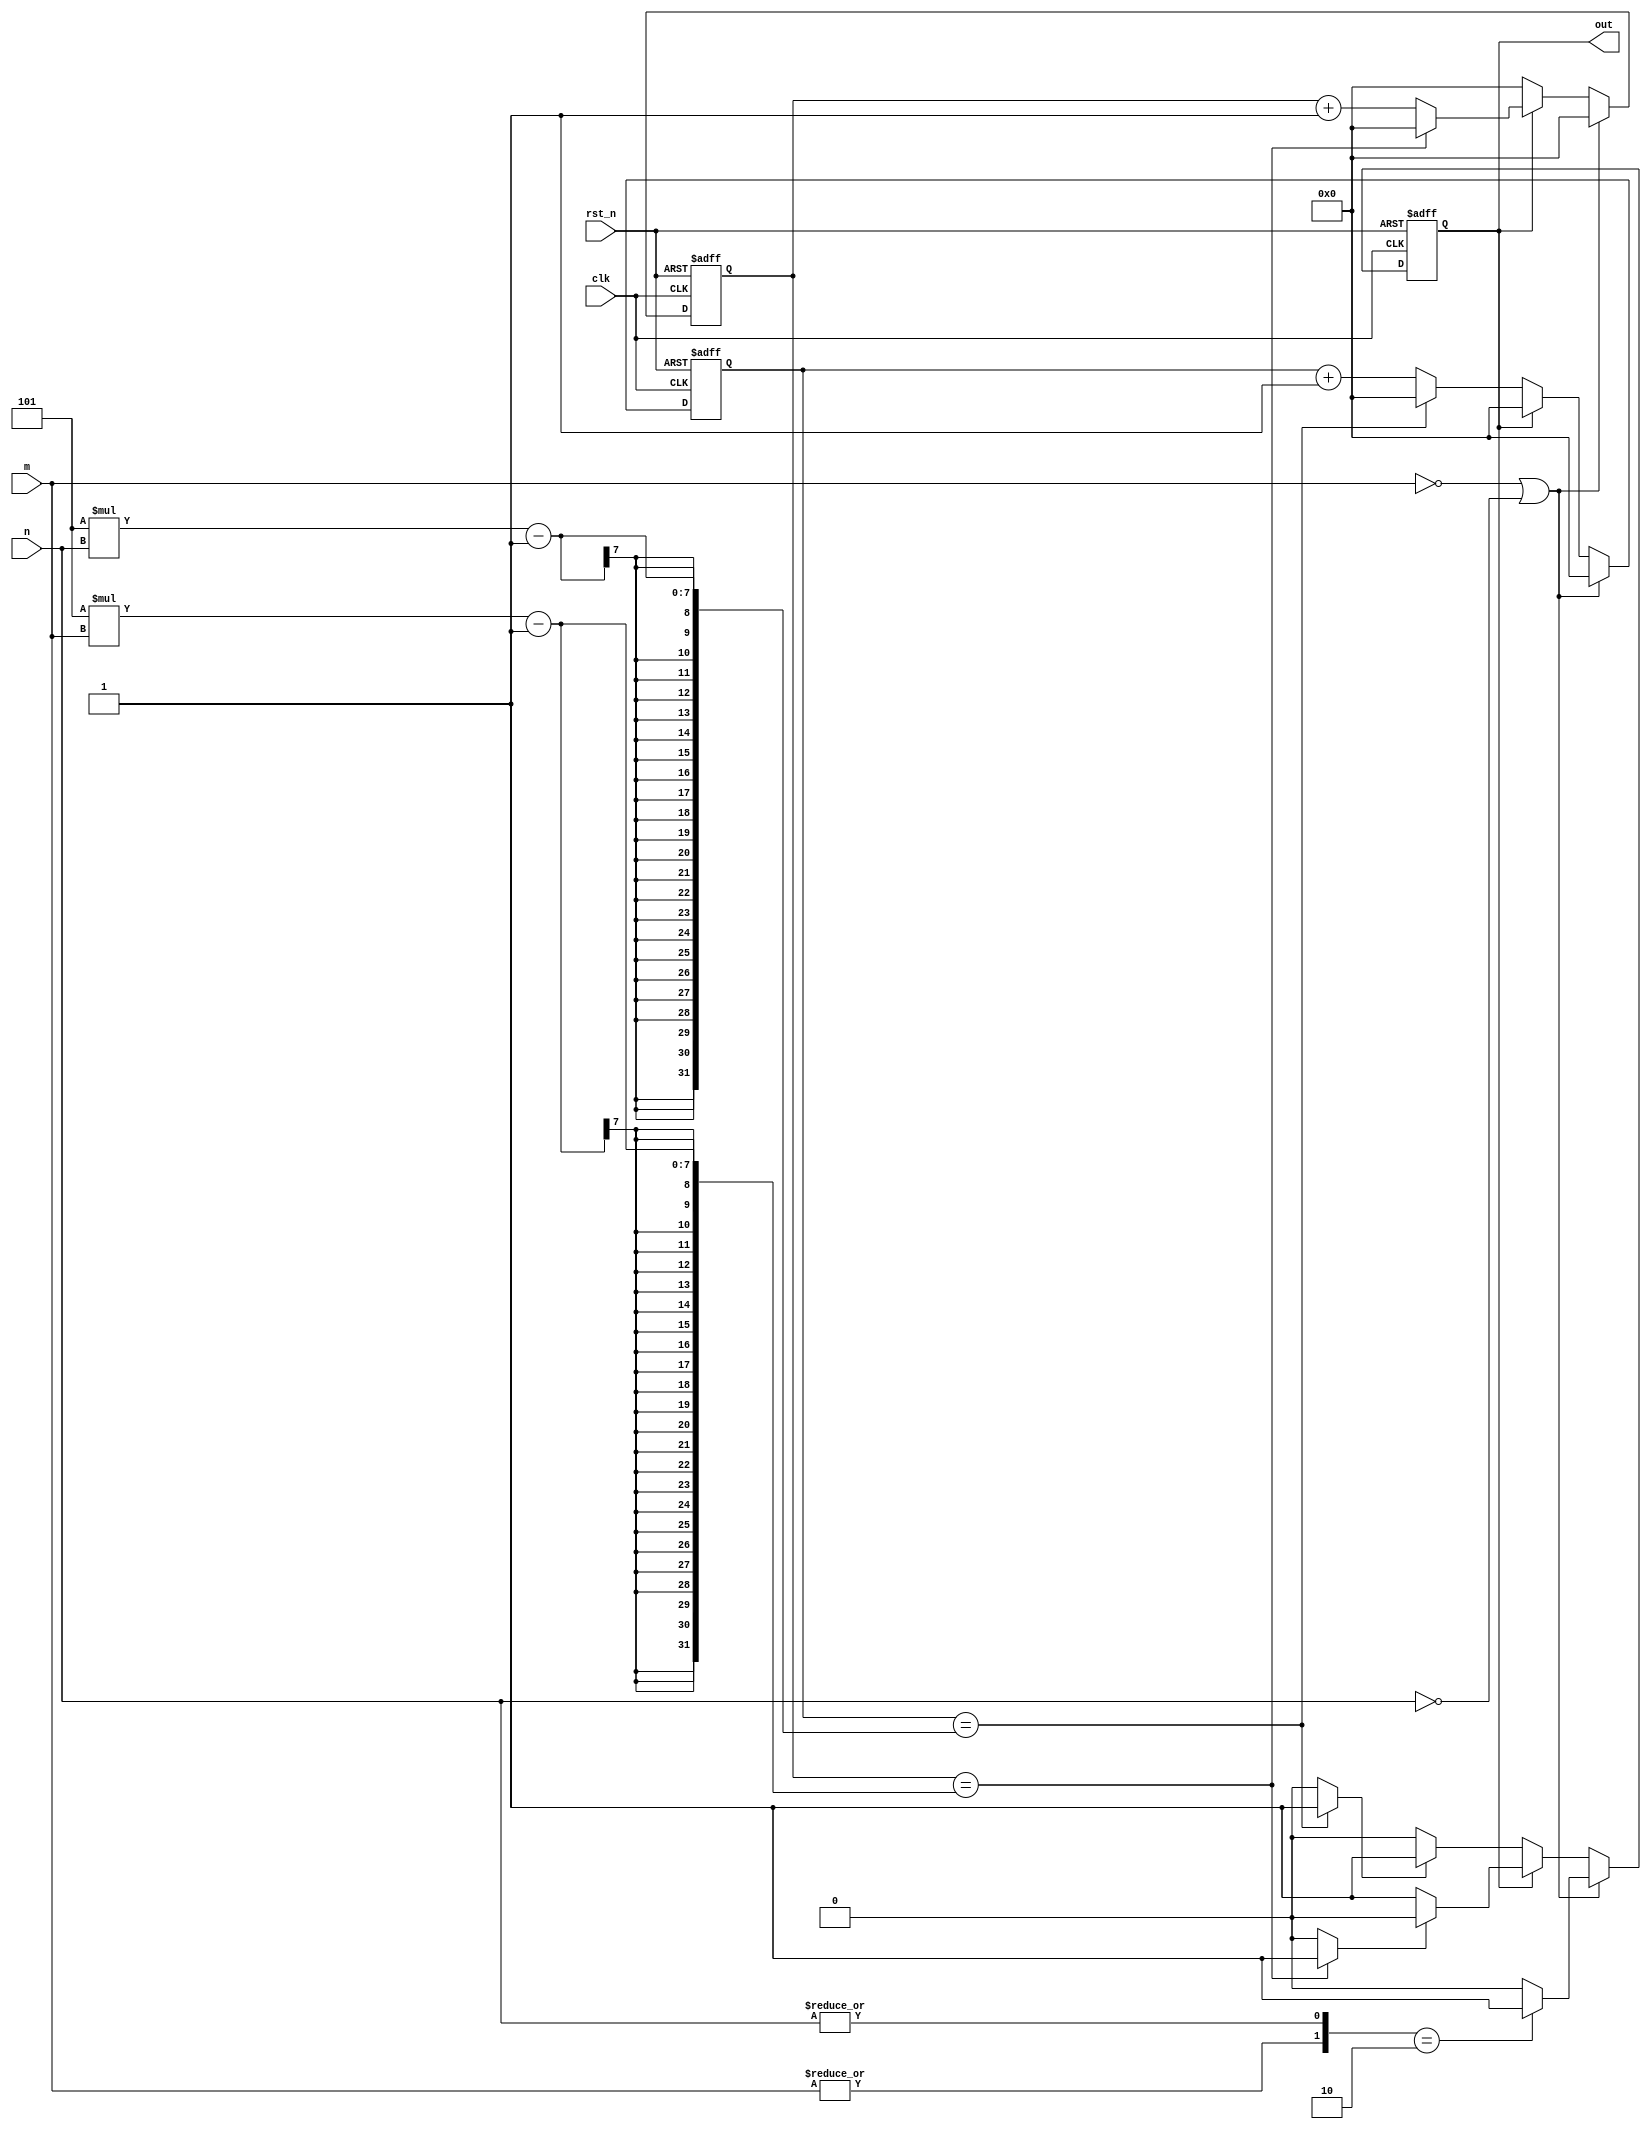
// This program was cloned from: https://github.com/AngeloJacobo/FPGA_Book_Experiments
// License: MIT License

`timescale 1ns / 1ps

module sqwave_gen(
	input clk,rst_n,
	input[3:0] m,n,
	output out
    );
	 
	 reg[6:0] m_reg=0,n_reg=0; //counter for ON period of m*(100ns) and OFF period of n*(100ns)
	 reg sq_reg=0; //square wave output
	 reg[6:0] m_nxt=0,n_nxt=0;
	 reg sq_nxt=0;
	 reg m_max=0,n_max=0;
	 
	 //registers
	 always @(posedge clk,negedge rst_n) begin
		 if(!rst_n) begin
			m_reg<=0;
			n_reg<=0;
			sq_reg<=0;
		end
		
		else begin
			m_reg<=m_nxt;
			n_reg<=n_nxt;
			sq_reg<=sq_nxt;
		end
	end
	
	//next-state logic
	always @* begin
	m_nxt=m_reg;
	n_nxt=n_reg;
	m_max=0;
	n_max=0;
	sq_nxt=0;
		
		if( m==4'd0 || n==4'd0) begin  //if m or n is zero then out must remain in one position
			m_nxt=0;
			n_nxt=0;
			casez({|m,|n}) //reduction operator
			2'b00: sq_nxt=0;
			2'b01: sq_nxt=0;
			2'b10: sq_nxt=1;
			default: sq_nxt=0;
			endcase
		end
		
		//OFF logic with duration of n*100ns
		else if(sq_reg==0) begin
			m_nxt=0;
			n_nxt=(n_reg==5*n-1)?0:n_reg+1;  //50MHz*100ns*n=5*n
			n_max=(n_reg==5*n-1)?1:0;        //50MHz*100ns*n=5*n
			sq_nxt=n_max?1:0;
			end
		//ON logic with duration of m*100ns
		else if(sq_reg==1) begin
			n_nxt=0;
			m_nxt=(m_reg==5*m-1)?0:m_reg+1;
			m_max=(m_reg==5*m-1)?1:0;
			sq_nxt=m_max?0:1;
		end
	end
	
	assign out=sq_reg;
		
endmodule